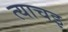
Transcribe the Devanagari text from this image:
त्याचइ